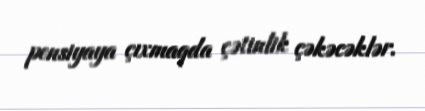
pensiyaya çıxmaqda çətinlik çəkəcəklər.